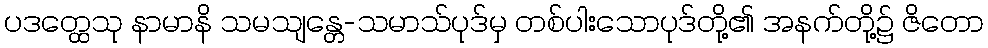
ပဒတ္ထေသု နာမာနိ သမသျန္တေ-သမာသ်ပုဒ်မှ တစ်ပါးသောပုဒ်တို့၏ အနက်တို့၌ ဇိတော